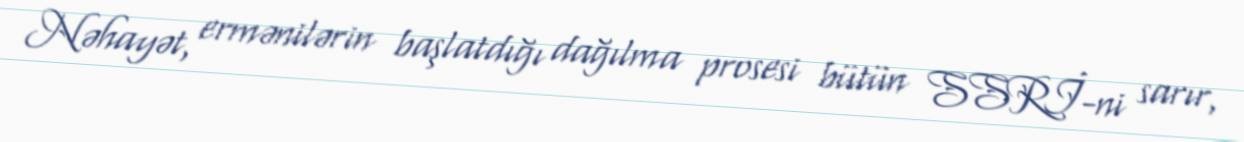
Nəhayət, ermənilərin başlatdığı dağılma prosesi bütün SSRİ-ni sarır,